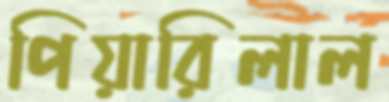
পিয়ারিলাল